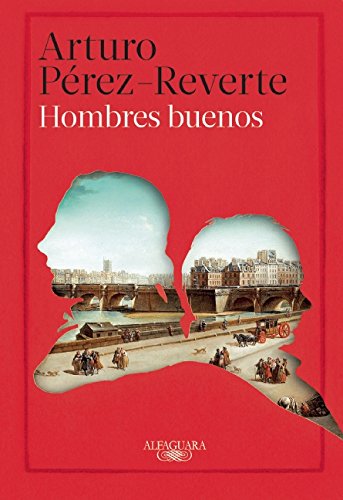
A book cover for Hombres buenos (Spanish Edition); Arturo PÃ©rez-Reverte; Science Fiction & Fantasy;